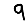
Digit: 9